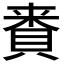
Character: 𮚅